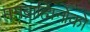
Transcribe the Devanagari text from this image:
मगब्राह्मिनोको